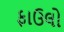
ફાઉલો